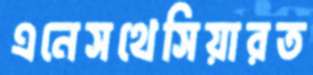
এনেসথেসিয়ারত